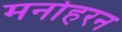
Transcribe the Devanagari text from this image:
मनोहरन